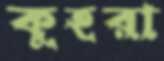
কুহরা